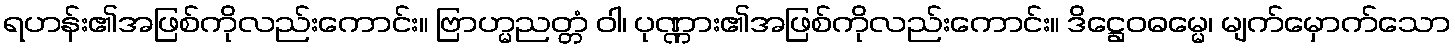
ရဟန်း၏အဖြစ်ကိုလည်းကောင်း။ ဗြာဟ္မညတ္တံ ဝါ၊ ပုဏ္ဏား၏အဖြစ်ကိုလည်းကောင်း။ ဒိဋ္ဌေဝဓမ္မေ၊ မျက်မှောက်သော